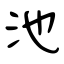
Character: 池